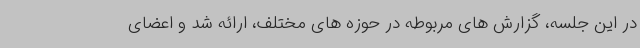
در این جلسه، گزارش های مربوطه در حوزه های مختلف، ارائه شد و اعضای